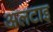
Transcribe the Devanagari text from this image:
अलटाइ